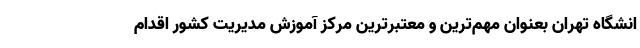
انشگاه تهران بعنوان مهم‌ترین و معتبرترین مرکز آموزش مدیریت کشور اقدام